DOW-UAP-D14, Mission Report, Iraq, May 2022
Agency: Department of War
Incident date: 5/29/22
Incident location: Syria
Page 7
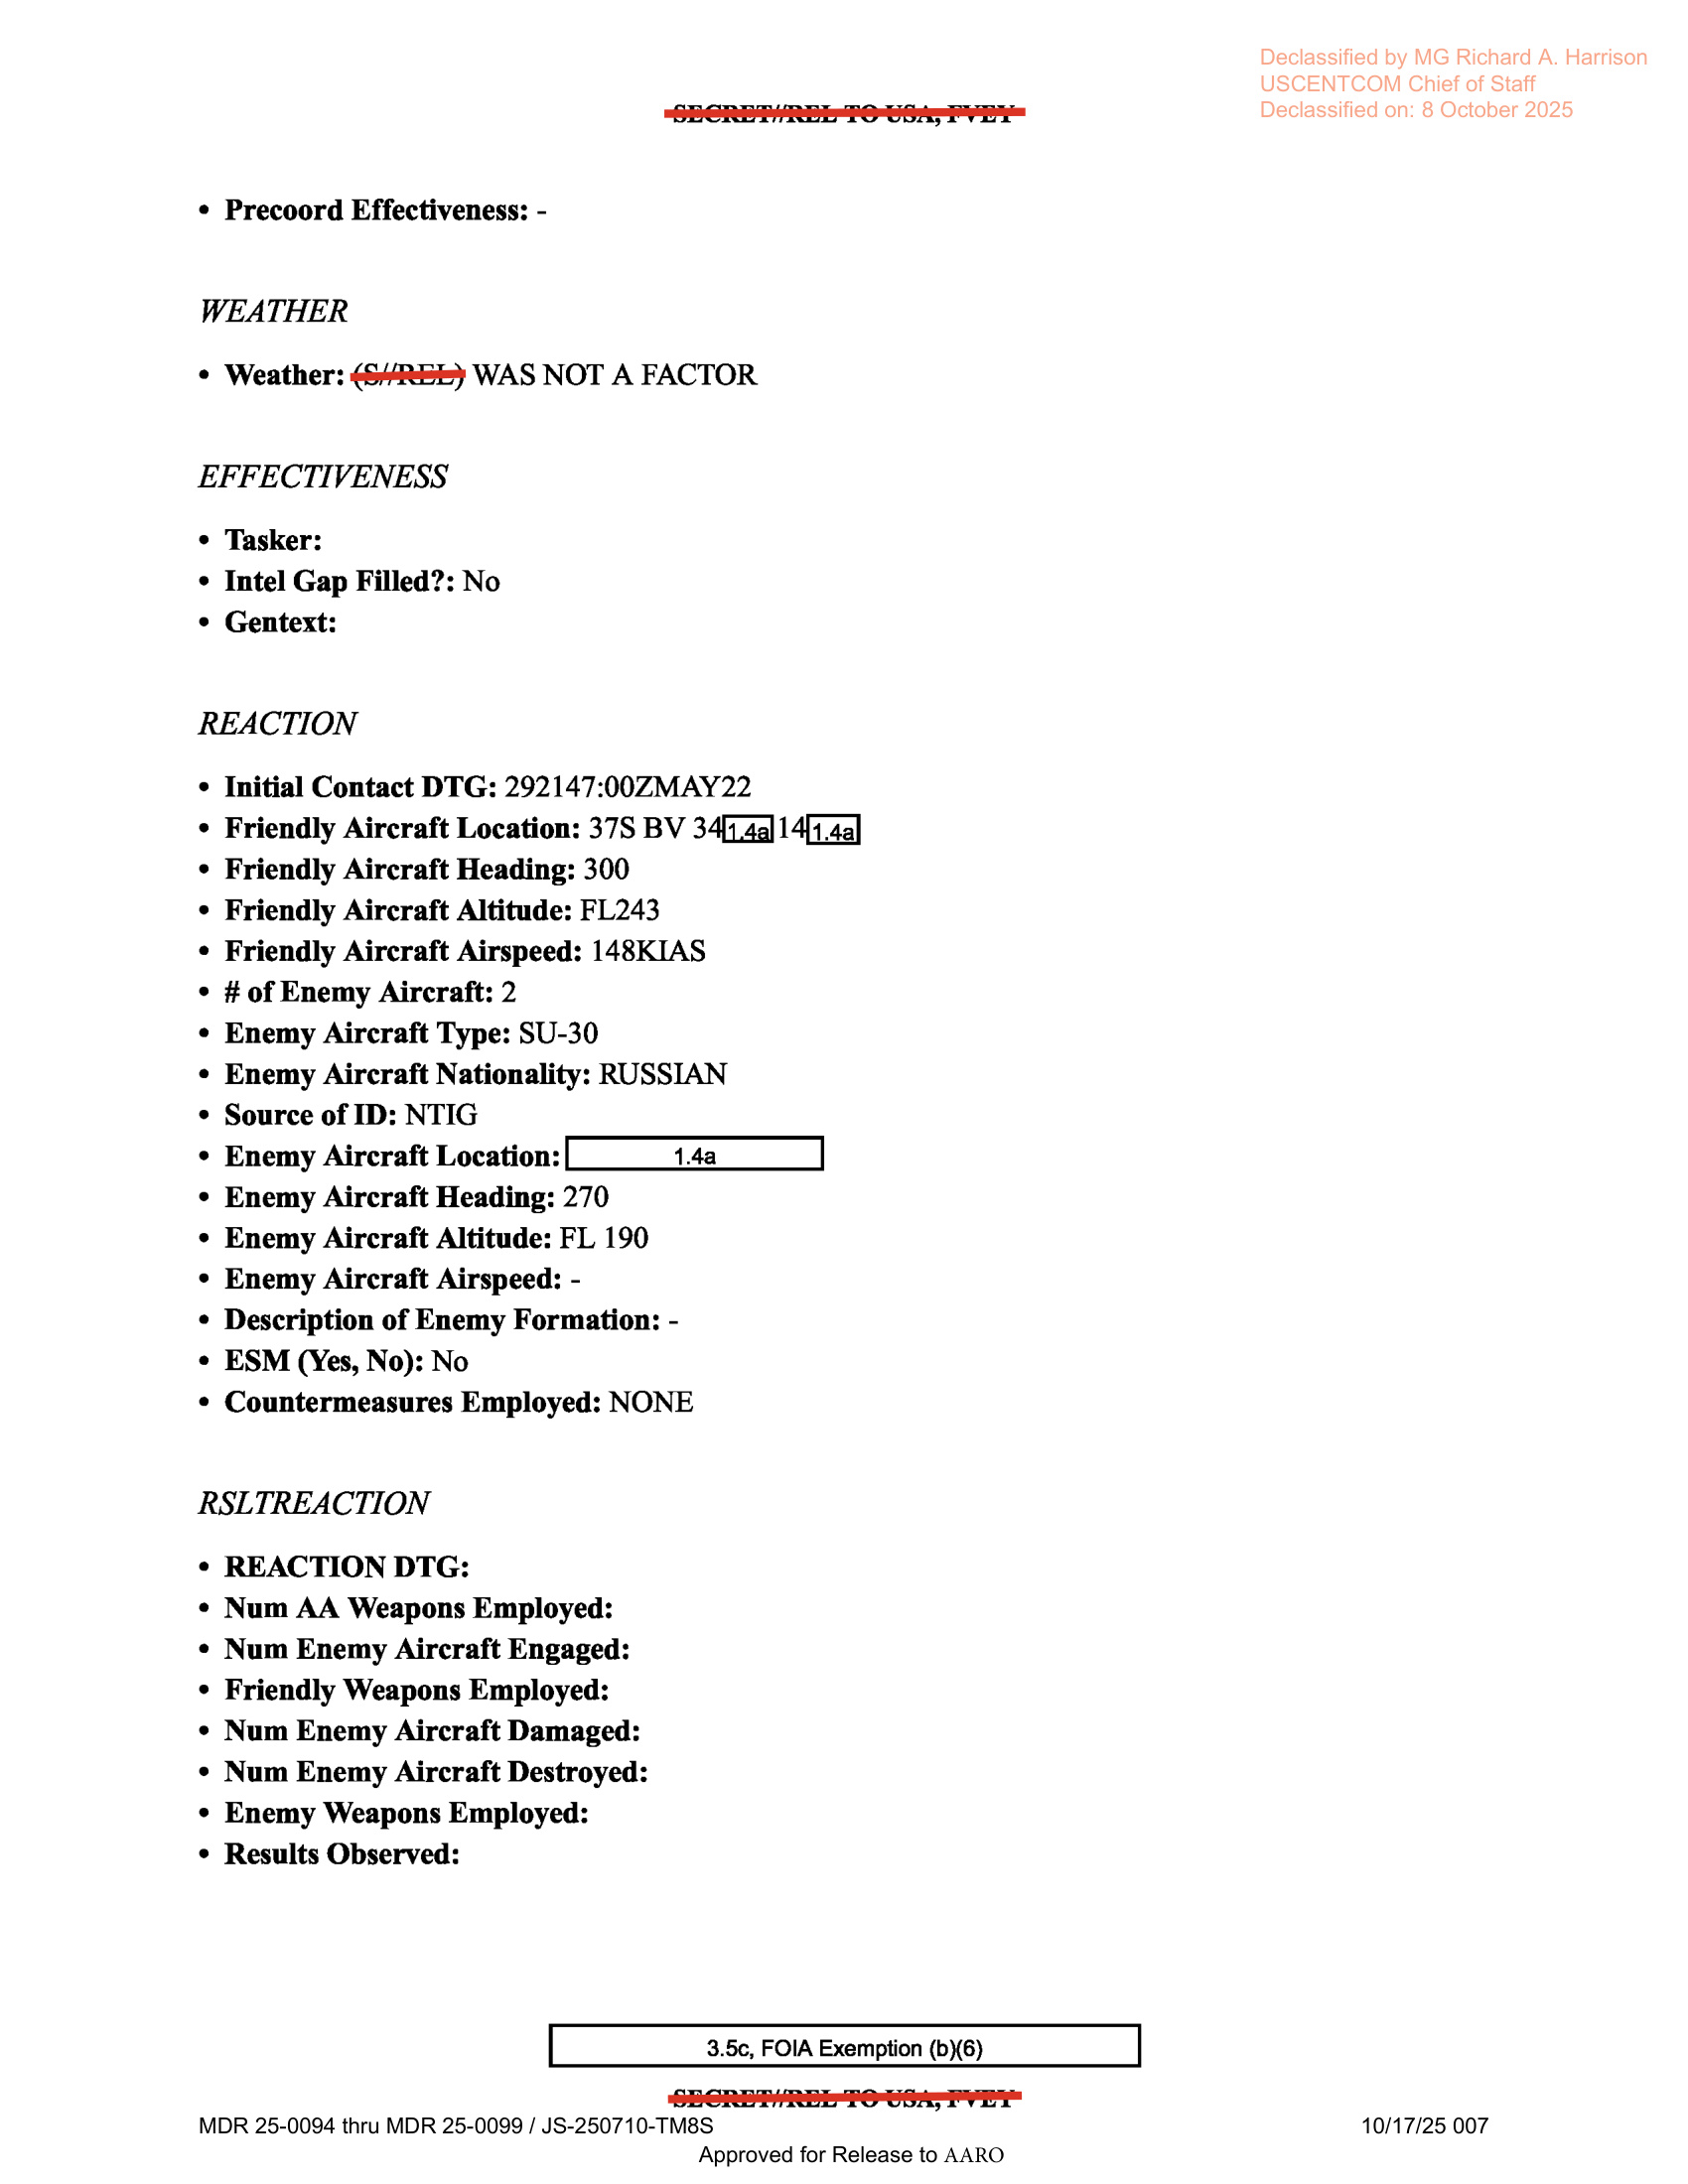